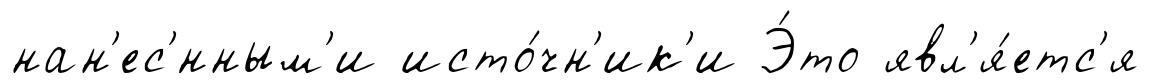
нан'ес'́нным'и исто́чн'ик'и Э́то явл'я́етс'я